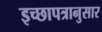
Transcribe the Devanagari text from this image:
इच्छापत्रानुसार